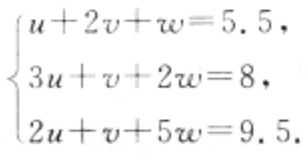
$\begin{cases}u + 2v + w = 5.5,\\3u + v + 2w = 8,\\2u + v + 5w = 9.5.\end{cases}$